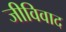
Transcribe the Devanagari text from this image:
जीविवाद